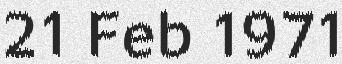
21 Feb 1971